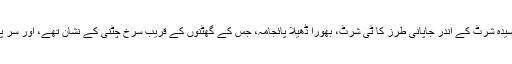
ایک بوسیدہ شرٹ کے اندر جاپانی طرز کا ٹی شرٹ، بھورا ڈھیلا پائجامہ، جس کے گھٹنوں کے قریب سرخ چٹنی کے نشان تھے، اور سر پر کیپ۔